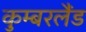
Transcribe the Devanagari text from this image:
कुम्बरलैंड